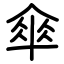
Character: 傘